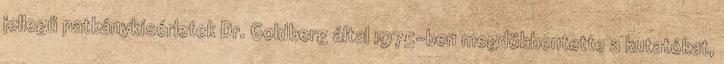
jellegű patkánykísérletek Dr. Goldberg által 1975-ben megdöbbentette a kutatókat,